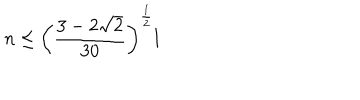
n \le \left( { \frac { 3 - 2 \sqrt { 2 } } { 3 0 } } \right) ^ { \frac { 1 } { 2 } } l